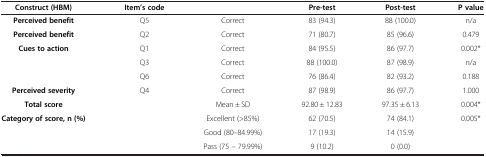
<table><thead><tr><td><b>Construct (HBM)</b></td><td><b>Item’s code</b></td><td><b> </b></td><td><b>Pre-test</b></td><td><b>Post-test</b></td><td><b>P value</b></td></tr></thead><tbody><tr><td><b>Perceived benefit</b></td><td>Q5</td><td>Correct</td><td>83 (94.3)</td><td>88 (100.0)</td><td>n/a</td></tr><tr><td><b>Perceived benefit</b></td><td>Q2</td><td>Correct</td><td>71 (80.7)</td><td>85 (96.6)</td><td>0.479</td></tr><tr><td><b>Cues to action</b></td><td>Q1</td><td>Correct</td><td>84 (95.5)</td><td>86 (97.7)</td><td>0.002*</td></tr><tr><td> </td><td>Q3</td><td>Correct</td><td>88 (100.0)</td><td>87 (98.9)</td><td>n/a</td></tr><tr><td> </td><td>Q6</td><td>Correct</td><td>76 (86.4)</td><td>82 (93.2)</td><td>0.188</td></tr><tr><td><b>Perceived severity</b></td><td>Q4</td><td>Correct</td><td>87 (98.9)</td><td>86 (97.7)</td><td>1.000</td></tr><tr><td><b>Total score</b></td><td> </td><td>Mean ± SD</td><td>92.80 ± 12.83</td><td>97.35 ± 6.13</td><td>0.004*</td></tr><tr><td rowspan="3"><b>Category of score, n (%)</b></td><td rowspan="3"> </td><td>Excellent (&gt;85%)</td><td>62 (70.5)</td><td>74 (84.1)</td><td rowspan="3">0.005*</td></tr><tr><td>Good (80–84.99%)</td><td>17 (19.3)</td><td>14 (15.9)</td></tr><tr><td>Pass (75 – 79.99%)</td><td>9 (10.2)</td><td>0 (0.0)</td></tr></tbody></table>